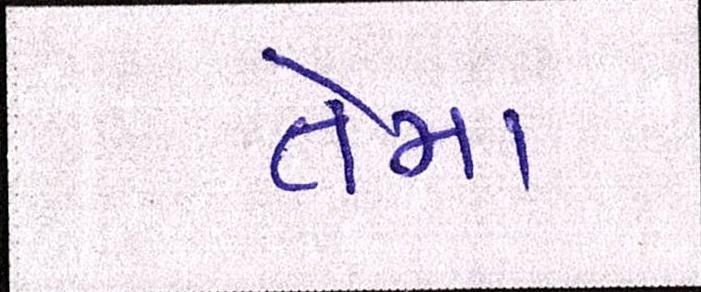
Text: તેમા